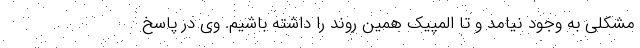
مشکلی به وجود نیامد و تا المپیک همین روند را داشته باشیم. وی در پاسخ